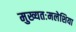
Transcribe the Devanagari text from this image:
मुख्यतःमलेशिया